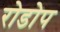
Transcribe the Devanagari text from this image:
रोडोप